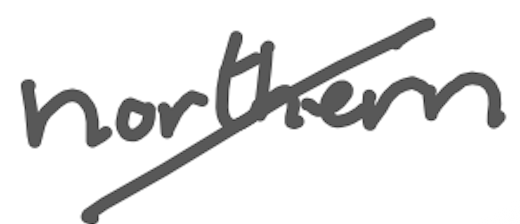
Text: northern
Cross-out: diagonal
Writing tool: digital_gray